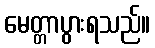
မေတ္တာပွားရသည်။